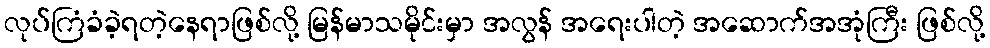
လုပ်ကြံခံခဲ့ရတဲ့နေရာဖြစ်လို့ မြန်မာသမိုင်းမှာ အလွန် အရေးပါတဲ့ အဆောက်အအုံကြီး ဖြစ်လို့